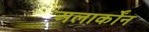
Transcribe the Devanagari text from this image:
अलार्कोंन